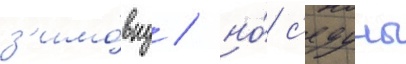
з'имо́вку / но́ с'едуны